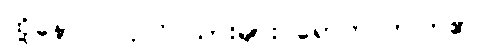
ထို့နောက် ပုလိပ်သားများ ရောက်လာကြ၏။